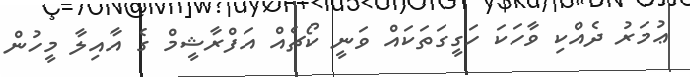
ޢުމަރު ދެއްކި ވާހަކަ ހަގީގަތަކައް ވަނީ ކޯޗެއް އަފްރާޝީމް ގެ އާއިލާ މީހުން